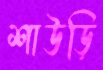
শাউড়ি